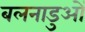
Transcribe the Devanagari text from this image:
बलनाडुओं